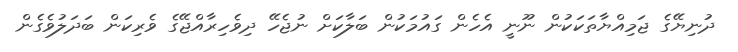
ދުނިޔޭގެ ޖަމިއްޔާތަކަކުން ނޫނީ އެހެން ގައުމަކުން ބަލާކަށް ނުޖެހޭ ދިވެހިރާއްޖޭގެ ވެރިކަން ބަދަލުވެގެން